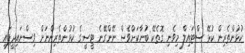
ކުޅުންތެރިން ކުޅޭ ސްޓައިލް މިވެނި ގޮތެކޭ ބުނާކަށްވެސް ނޭންގޭނެ ޓީސީގެ ކުޅުންތެރިންނަށް ވިސްނައިދީފައި